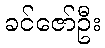
ခင်ဇော်ဦး